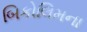
બિકોલિમના